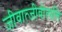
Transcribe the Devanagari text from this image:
जीवात्जीवोत्पत्ति